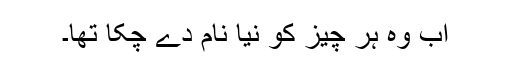
اب وہ ہر چیز کو نیا نام دے چکا تھا۔